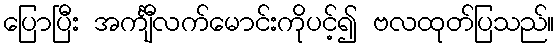
ပြောပြီး အင်္ကျီလက်မောင်းကိုပင့်၍ ဗလထုတ်ပြသည်။